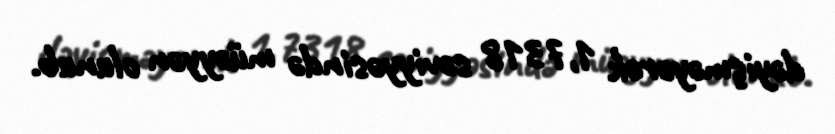
dəyişməyərək 1,7318 səviyyəsində müəyyən olunub.